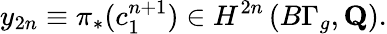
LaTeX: y_{2n}\equiv\pi_{*}(c_{1}^{n+1})\in H^{2n}\left(B\Gamma_{g},{\mathbf Q}\right).